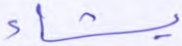
يشاء